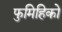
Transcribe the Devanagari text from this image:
फुमिहिको